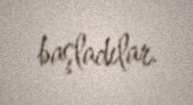
başladılar.